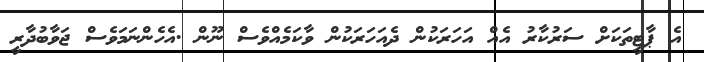
އެ ޕާޓީތަކަށް ސަރުކާރު އެއް އަހަރަކުން ދެއަހަރަކުން ވާކަމެއްވެސް ނޫން .އެހެންނަމަވެސް ޖަވާބުދާރީ